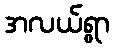
အလယ်ရွာ